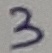
Text: 3